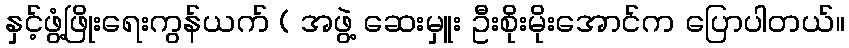
နှင့်ဖွံ့ဖြိုးရေးကွန်ယက် ( အဖွဲ့ ဆေးမှူး ဦးစိုးမိုးအောင်က ပြောပါတယ်။